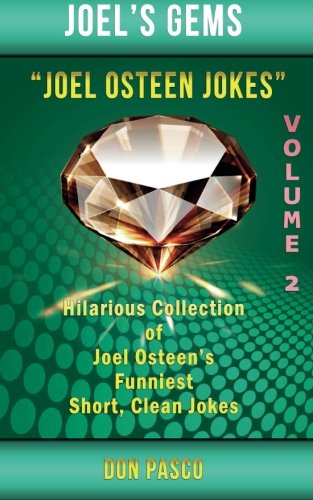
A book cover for Joel Osteen Jokes Volume 2: Another Hillarious Collection of Joel Osteen's Funniest Short, Clean Jokes; Don Pasco; Humor & Entertainment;